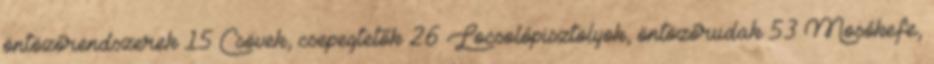
öntözőrendszerek 15 Csövek, csepegtetők 26 Locsolópisztolyok, öntözőrudak 53 Mosókefe,